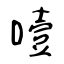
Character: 噎